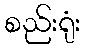
စည်းရုံး